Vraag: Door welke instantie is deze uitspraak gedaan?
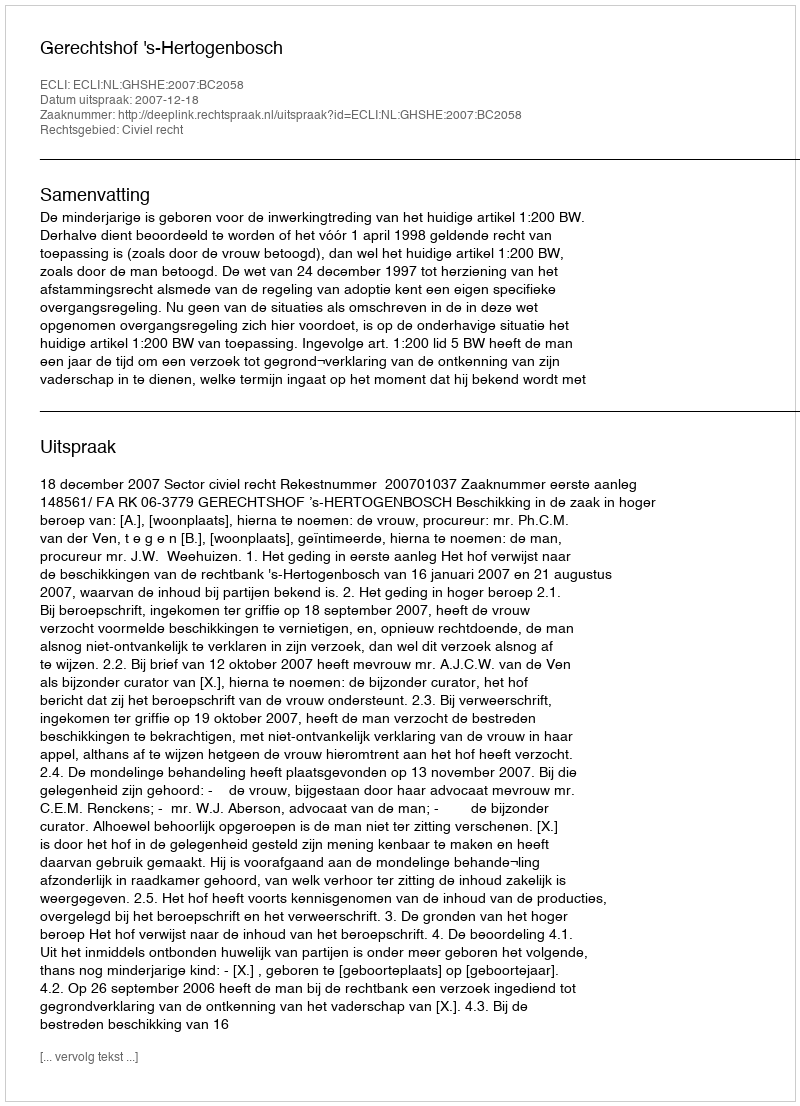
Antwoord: Gerechtshof 's-Hertogenbosch